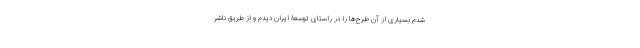
شدم بسیاری از آن طرح‌ها را در راستای توسعۀ ایران دیدم و از طریق ناشر